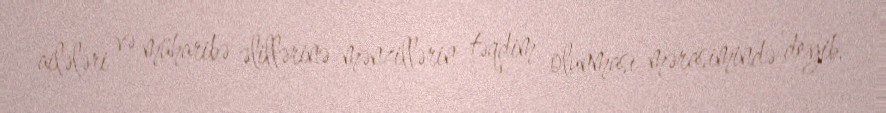
ailələri və müharibə əlillərinə mənzillərin təqdim olunması mərasimində deyib.